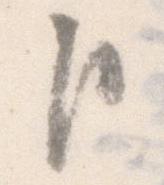
臣